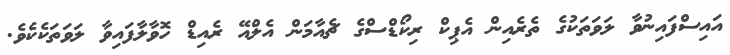
އައިސްފައިނުވާ ލަވަތަކުގެ ތެރެއިން އެޕިކް ރިކޯޑްސްގެ ޗެއާމަން އެލްއޭ ރެއިޑް ހޮވާލާފައިވާ ލަވަތަކެކެވެ.